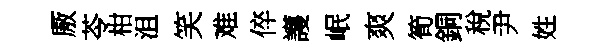
厫苓柑沮笑难倅護岷爽筍銅稅尹姓